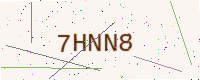
Text: 7HNN8